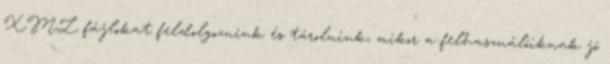
XML fájlokat feldolgozniuk és tárolniuk, mikor a felhasználóiknak jó